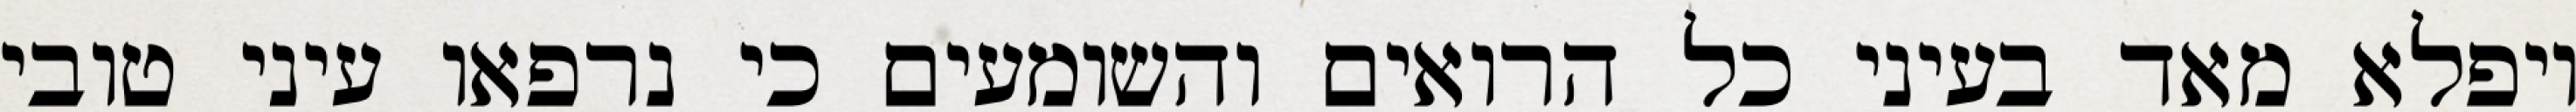
ויפלא מאד בעיני כל הרואים והשומעים כי נרפאו עיני טובי